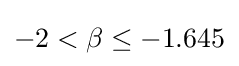
-2<\beta \leq -1.645